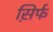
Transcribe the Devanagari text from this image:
स़िर्फ